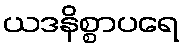
ယဒနိစ္စာပရေ